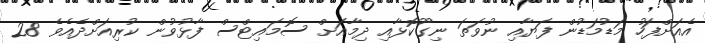
އެއަށްފަހު މަޑުމަޑުން ފަޔާއި ނުވަތަ ނިގޫކޮޅާއި ދިމާއަށް ސޮމައިޓްސް ފާޅުވުން ކުރިއަށްދެއެވެ 28